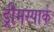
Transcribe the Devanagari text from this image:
ड्रीमस्पार्क